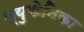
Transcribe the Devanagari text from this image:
ल्युकेनिका